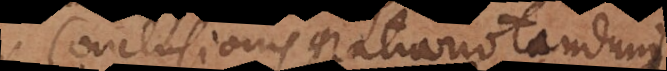
Conclusionis gratia notandum